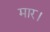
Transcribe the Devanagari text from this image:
मार।